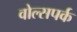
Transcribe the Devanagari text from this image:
वोल्सपर्क